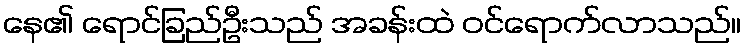
နေ၏ ရောင်ခြည်ဦးသည် အခန်းထဲ ဝင်ရောက်လာသည်။